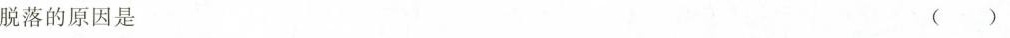
脱落的原因是 ( )